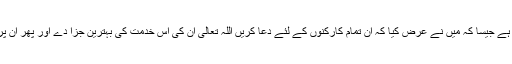
اس شکر گزاری کابہترین طریقہ یہ ہے جیسا کہ میں نے عرض کیا کہ ان تمام کارکنوں کے لئے دعا کریں اللہ تعالیٰ ان کی اس خدمت کی بہترین جزا دے اور پھر ان پر ہمیشہ اپنی پیار کی نظر ڈالتا رہے۔